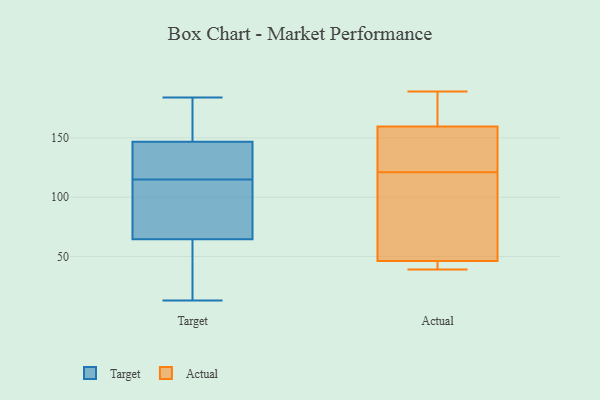
{"axis": {"x": "Inventory Turnover", "y": "Value"}, "legend": ["Actual", "Target"], "data": [{"x": "", "y": 114, "type": "Target"}, {"x": "", "y": 64, "type": "Target"}, {"x": "", "y": 184, "type": "Target"}, {"x": "", "y": 72, "type": "Target"}, {"x": "", "y": 118, "type": "Target"}, {"x": "", "y": 165, "type": "Target"}, {"x": "", "y": 38, "type": "Target"}, {"x": "", "y": 81, "type": "Target"}, {"x": "", "y": 128, "type": "Target"}, {"x": "", "y": 175, "type": "Target"}, {"x": "", "y": 148, "type": "Target"}, {"x": "", "y": 13, "type": "Target"}, {"x": "", "y": 66, "type": "Target"}, {"x": "", "y": 36, "type": "Target"}, {"x": "", "y": 160, "type": "Target"}, {"x": "", "y": 115, "type": "Target"}, {"x": "", "y": 29, "type": "Target"}, {"x": "", "y": 141, "type": "Target"}, {"x": "", "y": 143, "type": "Target"}, {"x": "", "y": 72, "type": "Actual"}, {"x": "", "y": 39, "type": "Actual"}, {"x": "", "y": 131, "type": "Actual"}, {"x": "", "y": 155, "type": "Actual"}, {"x": "", "y": 41, "type": "Actual"}, {"x": "", "y": 47, "type": "Actual"}, {"x": "", "y": 53, "type": "Actual"}, {"x": "", "y": 166, "type": "Actual"}, {"x": "", "y": 189, "type": "Actual"}, {"x": "", "y": 144, "type": "Actual"}, {"x": "", "y": 46, "type": "Actual"}, {"x": "", "y": 145, "type": "Actual"}, {"x": "", "y": 40, "type": "Actual"}, {"x": "", "y": 43, "type": "Actual"}, {"x": "", "y": 161, "type": "Actual"}, {"x": "", "y": 173, "type": "Actual"}, {"x": "", "y": 121, "type": "Actual"}, {"x": "", "y": 66, "type": "Actual"}, {"x": "", "y": 175, "type": "Actual"}]}